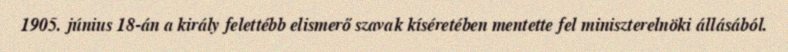
1905. június 18-án a király felettébb elismerő szavak kíséretében mentette fel miniszterelnöki állásából.